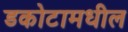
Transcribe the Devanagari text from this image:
डकोटामधील